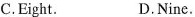
C.Eight. D.Nine.